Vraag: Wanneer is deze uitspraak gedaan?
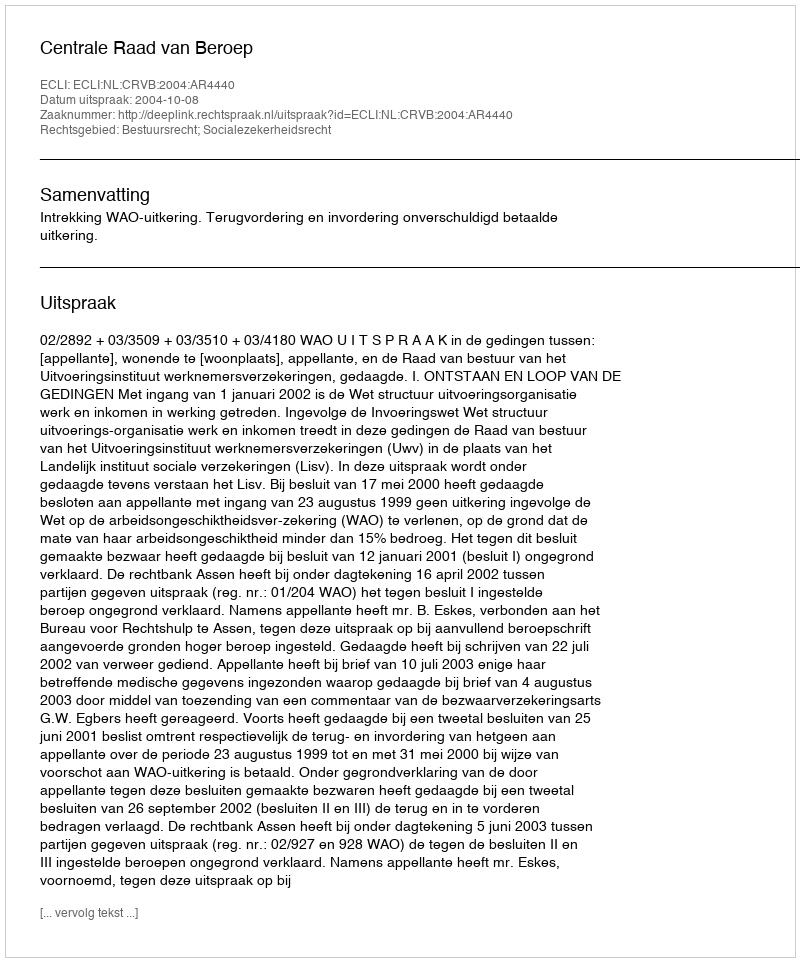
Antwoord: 2004-10-08